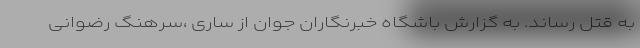
به قتل رساند. به گزارش باشگاه خبرنگاران جوان از ساری ،سرهنگ رضوانی